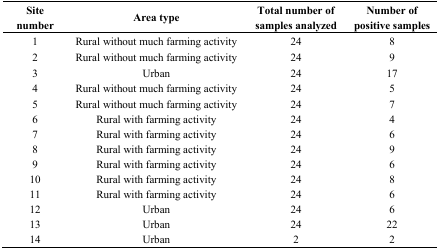
| Site number | Area type | Total number of samples analyzed | Number of positive samples |
 | --- | --- | --- | --- |
 | 1 | Rural without much farming activity | 24 | 8 |
 | 2 | Rural without much farming activity | 24 | 9 |
 | 3 | Urban | 24 | 17 |
 | 4 | Rural without much farming activity | 24 | 5 |
 | 5 | Rural without much farming activity | 24 | 7 |
 | 6 | Rural with farming activity | 24 | 4 |
 | 7 | Rural with farming activity | 24 | 6 |
 | 8 | Rural with farming activity | 24 | 9 |
 | 9 | Rural with farming activity | 24 | 6 |
 | 10 | Rural with farming activity | 24 | 8 |
 | 11 | Rural with farming activity | 24 | 6 |
 | 12 | Urban | 24 | 6 |
 | 13 | Urban | 24 | 22 |
 | 14 | Urban | 2 | 2 |